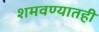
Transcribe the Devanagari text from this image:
शमवण्यातही